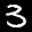
Label: 3